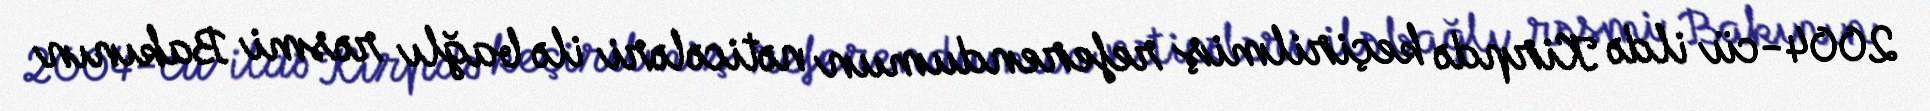
2004-cü ildə Kirpdə keçirilmiş referendumun nəticələri ilə bağlı rəsmi Bakının